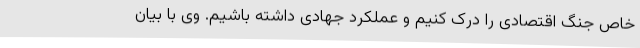
خاص جنگ اقتصادی را درک کنیم و عملکرد جهادی داشته باشیم. وی با بیان